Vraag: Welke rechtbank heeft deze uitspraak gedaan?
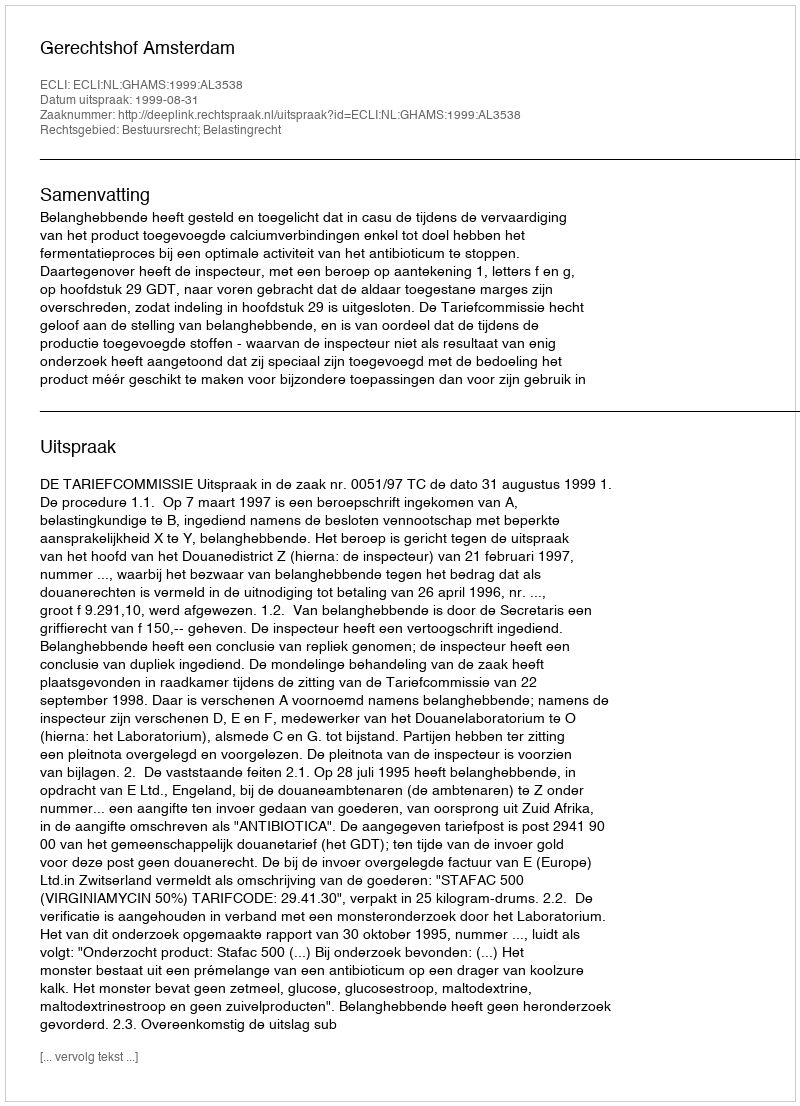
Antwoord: Gerechtshof Amsterdam